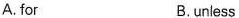
A. for B.unless